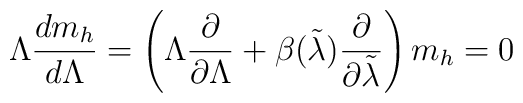
\Lambda \frac{dm_h}{d\Lambda}=  \left( \Lambda \frac{\partial}{\partial\Lambda}+ \beta(\tilde\lambda)\frac{\partial}{\partial\tilde\lambda} \right) m_h=0